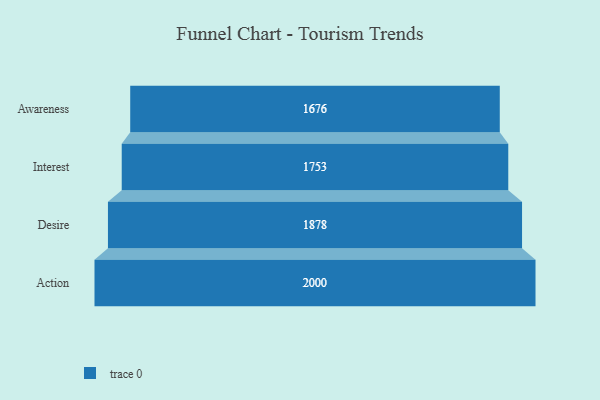
{"axis": {"x": "Stage", "y": "Value"}, "legend": [""], "data": [{"x": "Awareness", "y": 1676.0, "type": ""}, {"x": "Interest", "y": 1753.0, "type": ""}, {"x": "Desire", "y": 1878.0, "type": ""}, {"x": "Action", "y": 2000, "type": ""}]}